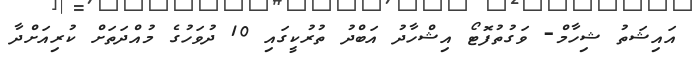
އައިޝަތު ޝިހާމް- ވަގުތުފޮޓޯ އިޝްހާދު އަބްދު ތުރުކީގައި 10 ދުވަހުގެ މުއްދަތަށް ކުރިއަށްދާ